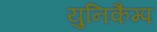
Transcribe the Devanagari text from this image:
युनिकैम्प